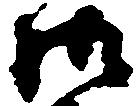
御